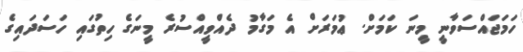
ހަމަޖައްސަވާނީ މީނަ ކަމަށް. ޢުމަރަށް އެ މަގާމު ދެއްވީއްސުރެ މީނަގެ ހިތުގައި ހަސަދައިގެ